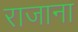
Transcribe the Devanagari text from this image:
राजाना